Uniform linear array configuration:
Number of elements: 48
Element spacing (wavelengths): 0.25
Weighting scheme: uniform
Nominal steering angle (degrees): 60
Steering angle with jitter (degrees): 58.967
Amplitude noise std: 0.05
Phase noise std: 0.05

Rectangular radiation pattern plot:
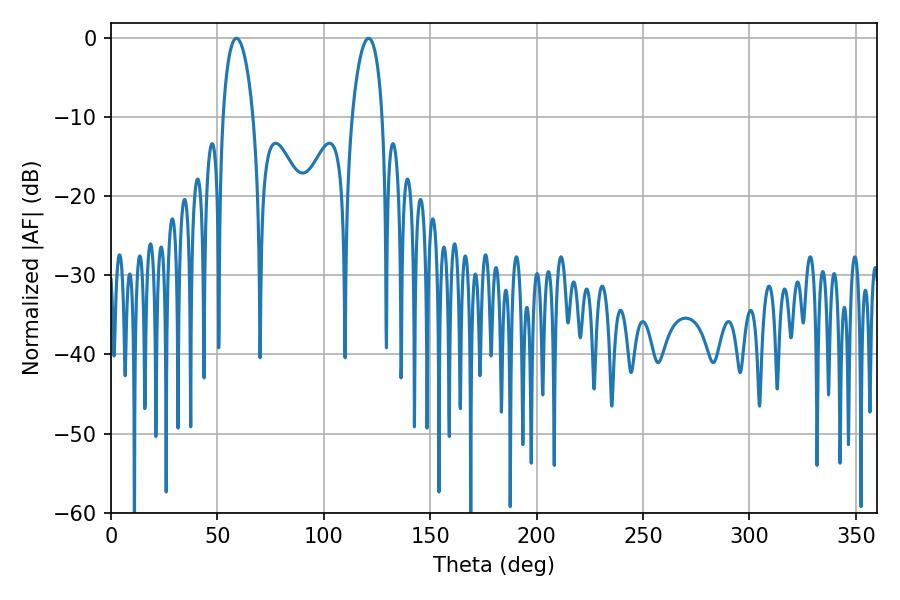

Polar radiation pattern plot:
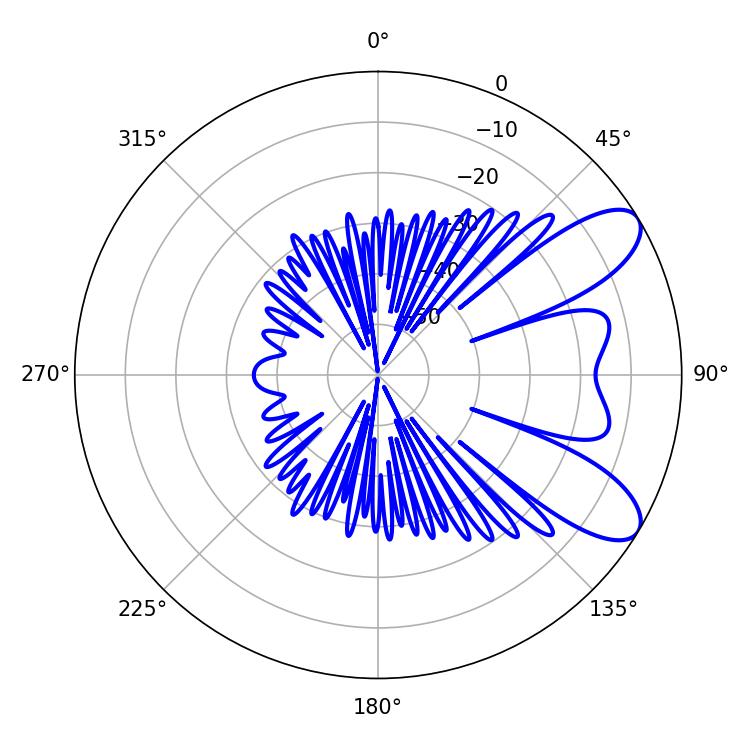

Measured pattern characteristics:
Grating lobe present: FALSE
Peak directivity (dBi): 8.53
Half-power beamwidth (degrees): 8.1
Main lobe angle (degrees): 59.04